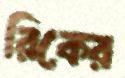
রিকের